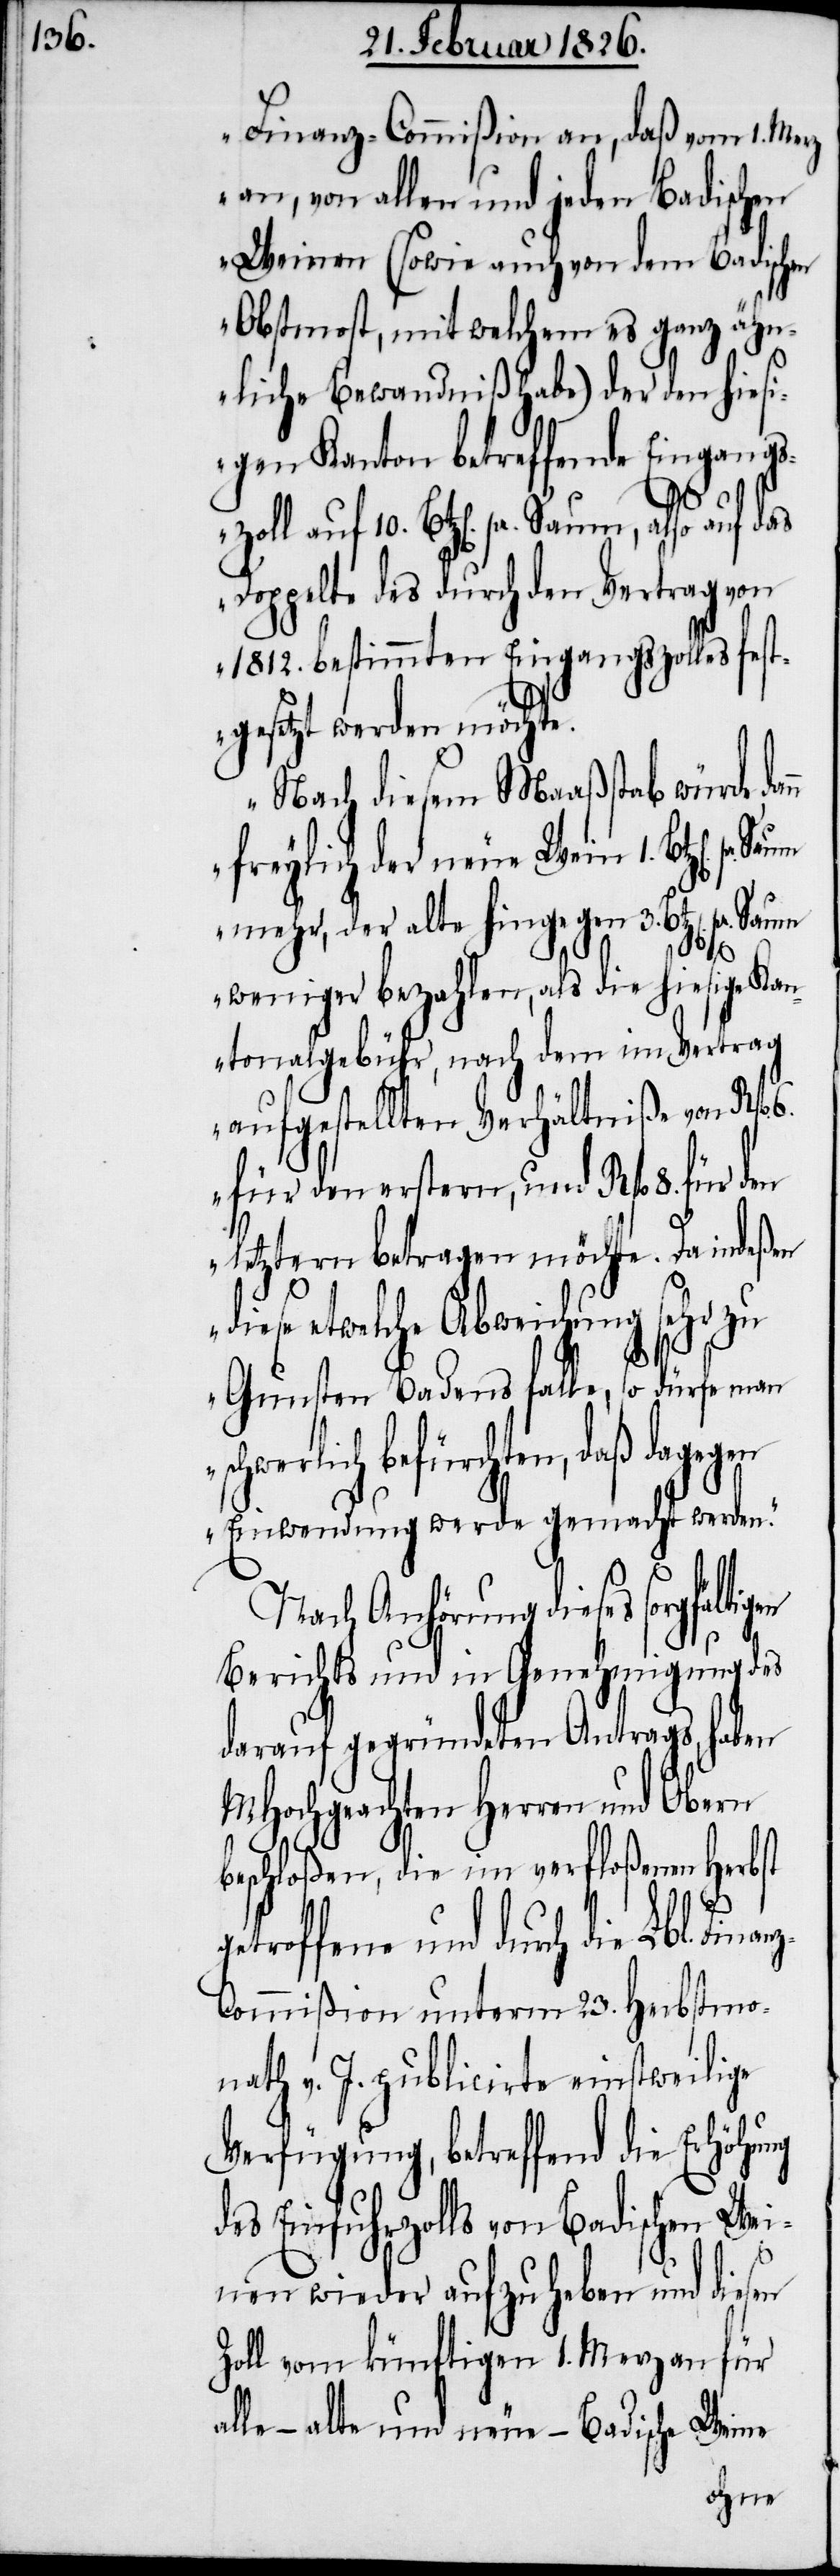
Finanz-Commißion an, daß vom 1. Merz
an, von allen und jeden Badischen
Weinen (sowie auch von dem Badischen
Obstmost, mit welchem es ganz ähn¬
liche Bewandniß habe) der den hiesi¬
gen Kanton betreffende Eingang¬
Fina¬
szoll auf 10. Btz[en]. pr. Saum, also auf das
Doppelte des durch den Vertrag von
1812. bestimmten Eingangszolles fest¬
gesetzt werden möchte.
Nach diesem Maaßstab würde da¬
freylich der neue Wein 1. Btz[en].
mehr, der alte hingegen 3. Bt¬
weniger bezahlen, als die hiesige Kan¬
tonalgebühr, nach dem im Vertrag
aufgestellten Verhältniße von Rfl.
für den erstern, und Rfl. 8. für den
letztern betragen möchte. Da inde¬
nz-C¬
diese etwelche Abweichung
Gunsten Badens falle, so dürfe man
schwerlich befürchten, daß dagegen
Einwendung werde gemacht werden.“
Nach Anhörung dieses sorg¬
Berichts und in Genehmigung des
darauf gegründeten Antrags, haben
MHochgeachten Herren und Obern
beschloßen, die im verfloßenen Herbst
troffene und durch die
ommißion unterm 23. Herbstmo¬
nath v. J. publicirte einstweilige
Verfügung, betreffend die Erhöhung
des Einfuhrzolls von Badischen Wei¬
nn
nen wieder aufzuheben und diesen
Zoll vom künftigen 1. Merz an für
alle – alte und neue – Badische Weine